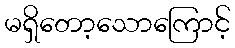
မရှိတော့သောကြောင့်